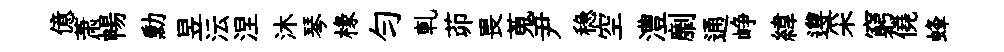
億萧暢勳昱沄涅沐琴椽勻軋茆畏蒐尹稳空澧劘通峥緯遵采窮僥蜂